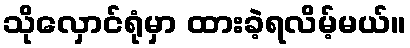
သိုလှောင်ရုံမှာ ထားခဲ့ရလိမ့်မယ်။